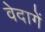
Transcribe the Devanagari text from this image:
वेदागें